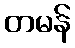
တမန်